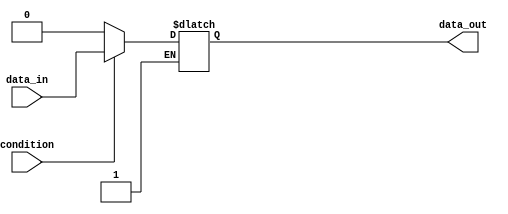
module if_else_statement (
    input condition,
    input data_in,
    output reg data_out
);

always @* begin
    if (condition) begin
        // If condition is true, execute this block of code
        data_out = data_in;
    end
    else if (~condition) begin
        // If negation of condition is true, execute this block of code
        data_out = 0; // Example code, you can customize this block as needed
    end
end

endmodule